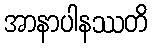
အာနာပါနဿတိ